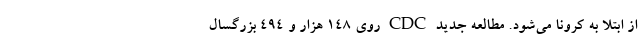
از ابتلا به کرونا می‌شود. مطالعه جدید CDC روی ۱۴۸ هزار و ۴۹۴ بزرگسال